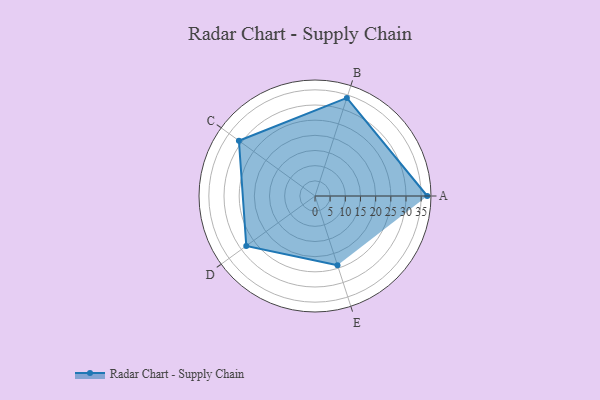
{"axis": {"x": "Skill", "y": "Score"}, "legend": ["Profile"], "data": [{"x": "A", "y": 37.0, "type": "Profile"}, {"x": "B", "y": 34.0, "type": "Profile"}, {"x": "C", "y": 31.0, "type": "Profile"}, {"x": "D", "y": 28.0, "type": "Profile"}, {"x": "E", "y": 24.0, "type": "Profile"}]}